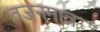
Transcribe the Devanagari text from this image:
वजनमात्र